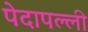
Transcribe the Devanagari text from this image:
पेदापल्ली